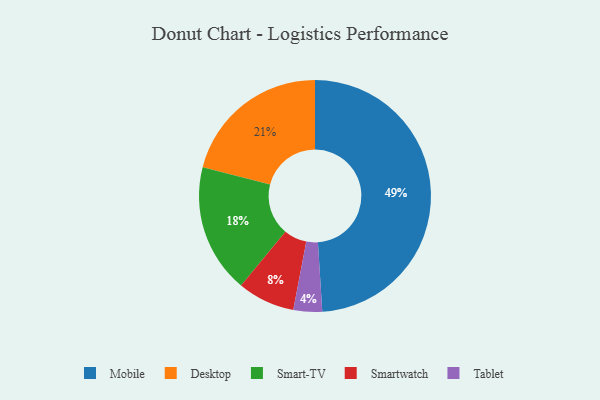
{"axis": {"x": "Category", "y": "Percentage"}, "legend": ["Desktop", "Mobile", "Smart-TV", "Smartwatch", "Tablet"], "data": [{"x": "Smartwatch", "y": 8, "type": "Smartwatch"}, {"x": "Desktop", "y": 21, "type": "Desktop"}, {"x": "Smart-TV", "y": 18, "type": "Smart-TV"}, {"x": "Tablet", "y": 4, "type": "Tablet"}, {"x": "Mobile", "y": 49, "type": "Mobile"}]}